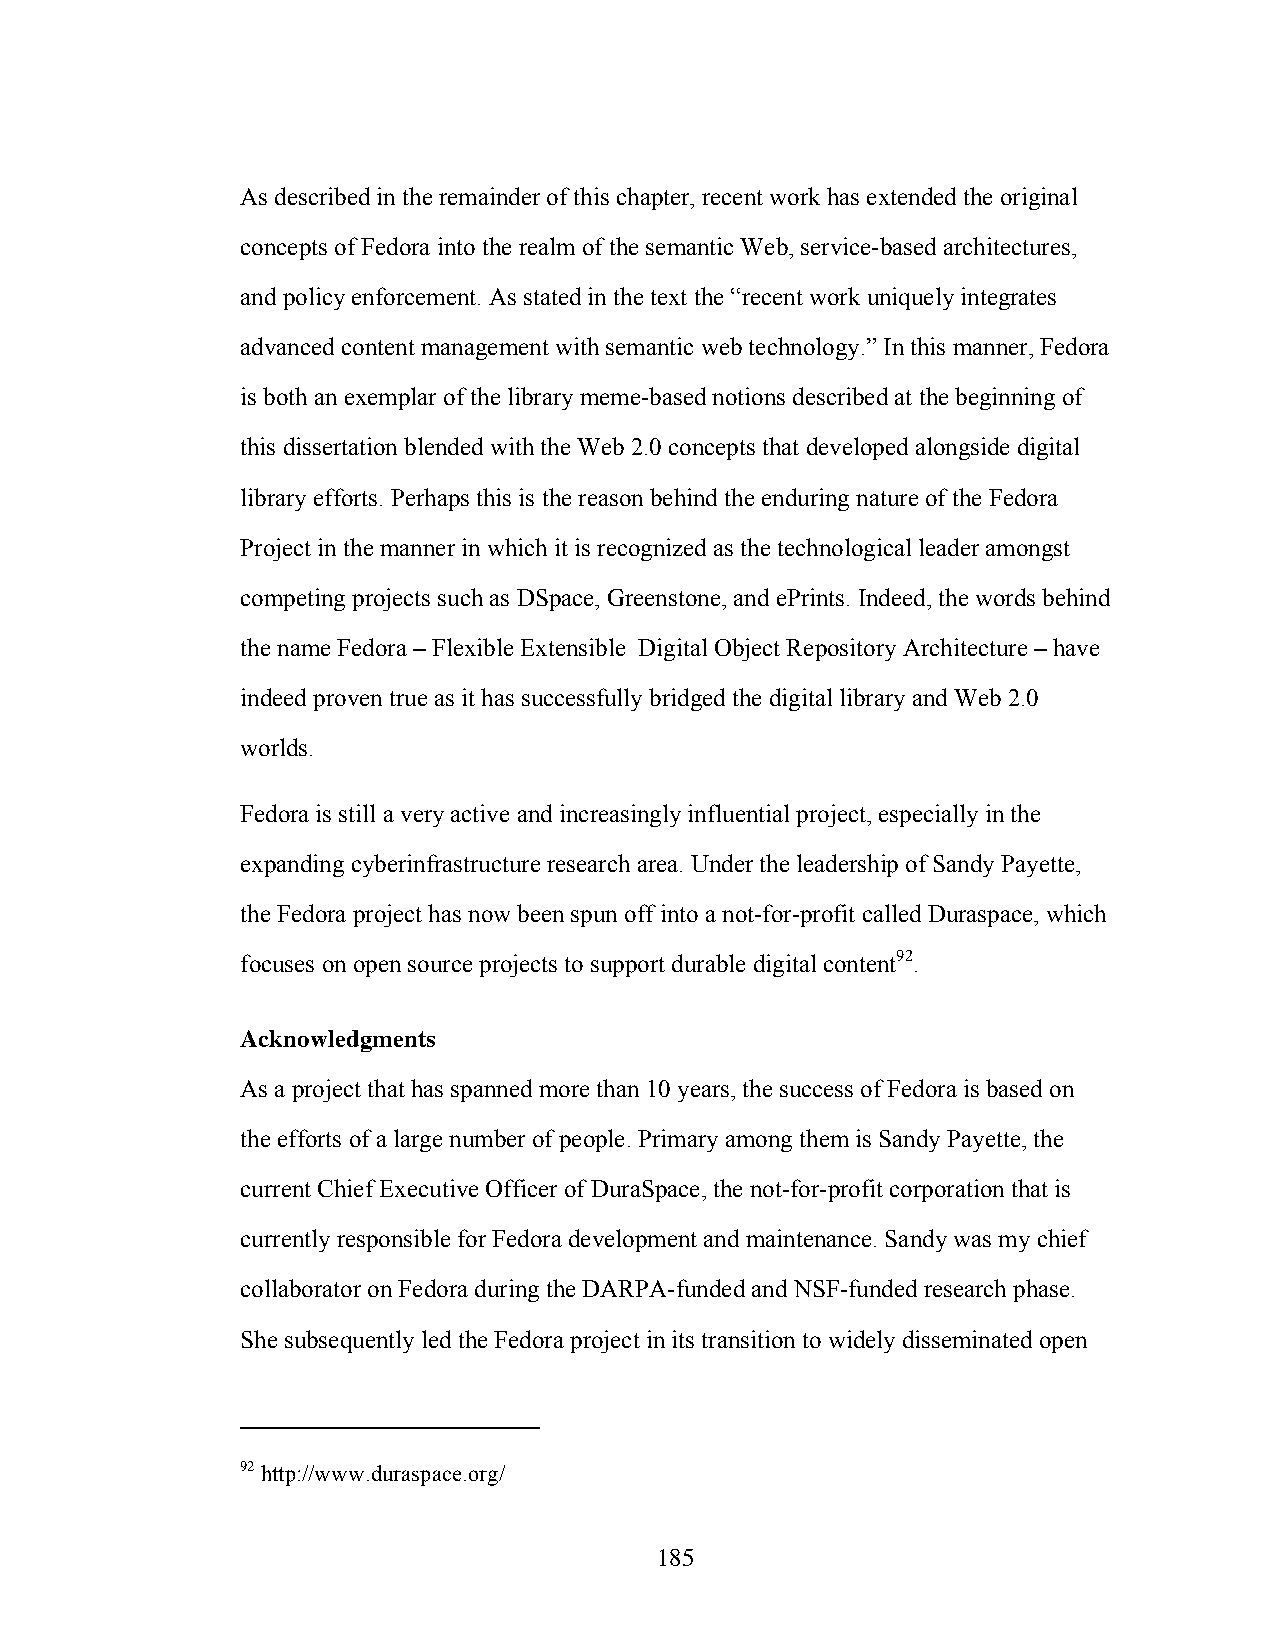
As described in the remainder of this chapter, recent work has extended the original
 concepts of Fedora into the realm of the semantic Web, service-based architectures,
 and policy enforcement. As stated in the text the “recent work uniquely integrates
 advanced content management with semantic web technology.” In this manner, Fedora
 is both an exemplar of the library meme-based notions described at the beginning of
 this dissertation blended with the Web 2.0 concepts that developed alongside digital
 library efforts. Perhaps this is the reason behind the enduring nature of the Fedora
 Project in the manner in which it is recognized as the technological leader amongst
 competing projects such as DSpace, Greenstone, and ePrints. Indeed, the words behind
 the name Fedora – Flexible Extensible Digital Object Repository Architecture – have
 indeed proven true as it has successfully bridged the digital library and Web 2.0
 worlds.
 Fedora is still a very active and increasingly influential project, especially in the
 expanding cyberinfrastructure research area. Under the leadership of Sandy Payette,
 the Fedora project has now been spun off into a not-for-profit called Duraspace, which
 focuses on open source projects to support durable digital content92.
 Acknowledgments
 As a project that has spanned more than 10 years, the success of Fedora is based on
 the efforts of a large number of people. Primary among them is Sandy Payette, the
 current Chief Executive Officer of DuraSpace, the not-for-profit corporation that is
 currently responsible for Fedora development and maintenance. Sandy was my chief
 collaborator on Fedora during the DARPA-funded and NSF-funded research phase.
 She subsequently led the Fedora project in its transition to widely disseminated open
 92 http://www.duraspace.org/
 185